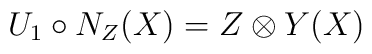
U_1\circ N_{Z}(X)=Z\otimes Y(X)